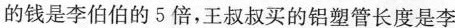
的钱是李伯伯的5倍，王叔叔买的铝塑管长度是李